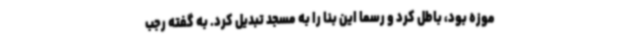
موزه بود، باطل کرد و رسما این بنا را به مسجد تبدیل کرد. به گفته رجب